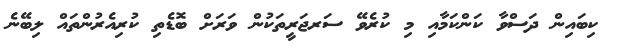
ކިބައިން ދަސްވާ ކަންކަމާއި މި ކުރެވޭ ސަރޖަރީތަކުން ވަރަށް ބޮޑެތި ކުރިއެރުންތައް ލިބޭނެ